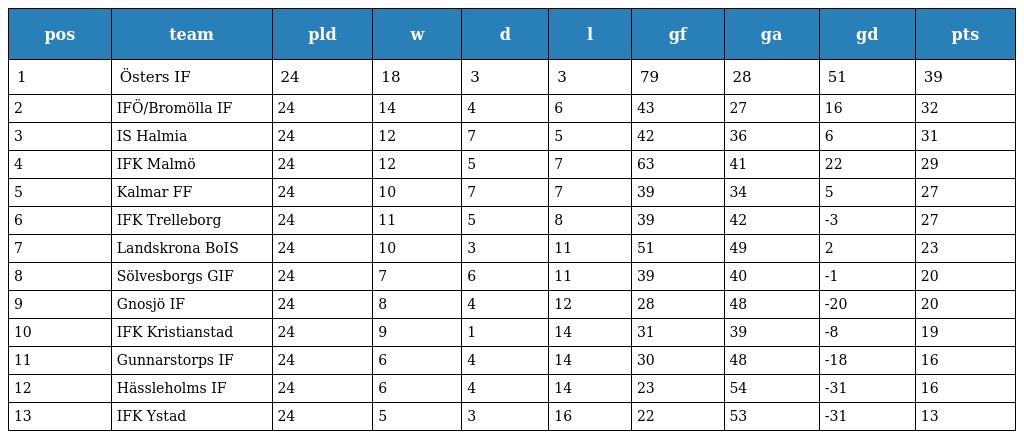
| pos | team | pld | w | d | l | gf | ga | gd | pts |
 | --- | --- | --- | --- | --- | --- | --- | --- | --- | --- |
 | 1 | Östers IF | 24 | 18 | 3 | 3 | 79 | 28 | 51 | 39 |
 | 2 | IFÖ/Bromölla IF | 24 | 14 | 4 | 6 | 43 | 27 | 16 | 32 |
 | 3 | IS Halmia | 24 | 12 | 7 | 5 | 42 | 36 | 6 | 31 |
 | 4 | IFK Malmö | 24 | 12 | 5 | 7 | 63 | 41 | 22 | 29 |
 | 5 | Kalmar FF | 24 | 10 | 7 | 7 | 39 | 34 | 5 | 27 |
 | 6 | IFK Trelleborg | 24 | 11 | 5 | 8 | 39 | 42 | -3 | 27 |
 | 7 | Landskrona BoIS | 24 | 10 | 3 | 11 | 51 | 49 | 2 | 23 |
 | 8 | Sölvesborgs GIF | 24 | 7 | 6 | 11 | 39 | 40 | -1 | 20 |
 | 9 | Gnosjö IF | 24 | 8 | 4 | 12 | 28 | 48 | -20 | 20 |
 | 10 | IFK Kristianstad | 24 | 9 | 1 | 14 | 31 | 39 | -8 | 19 |
 | 11 | Gunnarstorps IF | 24 | 6 | 4 | 14 | 30 | 48 | -18 | 16 |
 | 12 | Hässleholms IF | 24 | 6 | 4 | 14 | 23 | 54 | -31 | 16 |
 | 13 | IFK Ystad | 24 | 5 | 3 | 16 | 22 | 53 | -31 | 13 |